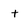
Character: t